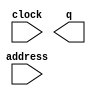
// megafunction wizard: %ROM: 1-PORT%VBB%
// GENERATION: STANDARD
// VERSION: WM1.0
// MODULE: altsyncram 

// ============================================================
// Megafunction Name(s):
// 			altsyncram
//
// Simulation Library Files(s):
// 			altera_mf
// ============================================================
// ************************************************************
// THIS IS A WIZARD-GENERATED FILE. DO NOT EDIT THIS FILE!
//
// 16.0.0 Build 211 04/27/2016 SJ Standard Edition
// ************************************************************

//Copyright (C) 1991-2016 Altera Corporation. All rights reserved.
//Your use of Altera Corporation's design tools, logic functions 
//and other software and tools, and its AMPP partner logic 
//functions, and any output files from any of the foregoing 
//(including device programming or simulation files), and any 
//associated documentation or information are expressly subject 
//to the terms and conditions of the Altera Program License 
//Subscription Agreement, the Altera Quartus Prime License Agreement,
//the Altera MegaCore Function License Agreement, or other 
//applicable license agreement, including, without limitation, 
//that your use is for the sole purpose of programming logic 
//devices manufactured by Altera and sold by Altera or its 
//authorized distributors.  Please refer to the applicable 
//agreement for further details.

module Choose1 (
	address,
	clock,
	q);

	input	[14:0]  address;
	input	  clock;
	output	[2:0]  q;
`ifndef ALTERA_RESERVED_QIS
// synopsys translate_off
`endif
	tri1	  clock;
`ifndef ALTERA_RESERVED_QIS
// synopsys translate_on
`endif

endmodule

// ============================================================
// CNX file retrieval info
// ============================================================
// Retrieval info: PRIVATE: ADDRESSSTALL_A NUMERIC "0"
// Retrieval info: PRIVATE: AclrAddr NUMERIC "0"
// Retrieval info: PRIVATE: AclrByte NUMERIC "0"
// Retrieval info: PRIVATE: AclrOutput NUMERIC "0"
// Retrieval info: PRIVATE: BYTE_ENABLE NUMERIC "0"
// Retrieval info: PRIVATE: BYTE_SIZE NUMERIC "8"
// Retrieval info: PRIVATE: BlankMemory NUMERIC "0"
// Retrieval info: PRIVATE: CLOCK_ENABLE_INPUT_A NUMERIC "0"
// Retrieval info: PRIVATE: CLOCK_ENABLE_OUTPUT_A NUMERIC "0"
// Retrieval info: PRIVATE: Clken NUMERIC "0"
// Retrieval info: PRIVATE: IMPLEMENT_IN_LES NUMERIC "0"
// Retrieval info: PRIVATE: INIT_FILE_LAYOUT STRING "PORT_A"
// Retrieval info: PRIVATE: INIT_TO_SIM_X NUMERIC "0"
// Retrieval info: PRIVATE: INTENDED_DEVICE_FAMILY STRING "Cyclone V"
// Retrieval info: PRIVATE: JTAG_ENABLED NUMERIC "0"
// Retrieval info: PRIVATE: JTAG_ID STRING "NONE"
// Retrieval info: PRIVATE: MAXIMUM_DEPTH NUMERIC "0"
// Retrieval info: PRIVATE: MIFfilename STRING "./MIF/Choose Screen/ChooseScreen1.mif"
// Retrieval info: PRIVATE: NUMWORDS_A NUMERIC "32768"
// Retrieval info: PRIVATE: RAM_BLOCK_TYPE NUMERIC "0"
// Retrieval info: PRIVATE: RegAddr NUMERIC "1"
// Retrieval info: PRIVATE: RegOutput NUMERIC "0"
// Retrieval info: PRIVATE: SYNTH_WRAPPER_GEN_POSTFIX STRING "0"
// Retrieval info: PRIVATE: SingleClock NUMERIC "1"
// Retrieval info: PRIVATE: UseDQRAM NUMERIC "0"
// Retrieval info: PRIVATE: WidthAddr NUMERIC "15"
// Retrieval info: PRIVATE: WidthData NUMERIC "3"
// Retrieval info: PRIVATE: rden NUMERIC "0"
// Retrieval info: LIBRARY: altera_mf altera_mf.altera_mf_components.all
// Retrieval info: CONSTANT: ADDRESS_ACLR_A STRING "NONE"
// Retrieval info: CONSTANT: CLOCK_ENABLE_INPUT_A STRING "BYPASS"
// Retrieval info: CONSTANT: CLOCK_ENABLE_OUTPUT_A STRING "BYPASS"
// Retrieval info: CONSTANT: INIT_FILE STRING "./MIF/Choose Screen/ChooseScreen1.mif"
// Retrieval info: CONSTANT: INTENDED_DEVICE_FAMILY STRING "Cyclone V"
// Retrieval info: CONSTANT: LPM_HINT STRING "ENABLE_RUNTIME_MOD=NO"
// Retrieval info: CONSTANT: LPM_TYPE STRING "altsyncram"
// Retrieval info: CONSTANT: NUMWORDS_A NUMERIC "32768"
// Retrieval info: CONSTANT: OPERATION_MODE STRING "ROM"
// Retrieval info: CONSTANT: OUTDATA_ACLR_A STRING "NONE"
// Retrieval info: CONSTANT: OUTDATA_REG_A STRING "UNREGISTERED"
// Retrieval info: CONSTANT: WIDTHAD_A NUMERIC "15"
// Retrieval info: CONSTANT: WIDTH_A NUMERIC "3"
// Retrieval info: CONSTANT: WIDTH_BYTEENA_A NUMERIC "1"
// Retrieval info: USED_PORT: address 0 0 15 0 INPUT NODEFVAL "address[14..0]"
// Retrieval info: USED_PORT: clock 0 0 0 0 INPUT VCC "clock"
// Retrieval info: USED_PORT: q 0 0 3 0 OUTPUT NODEFVAL "q[2..0]"
// Retrieval info: CONNECT: @address_a 0 0 15 0 address 0 0 15 0
// Retrieval info: CONNECT: @clock0 0 0 0 0 clock 0 0 0 0
// Retrieval info: CONNECT: q 0 0 3 0 @q_a 0 0 3 0
// Retrieval info: GEN_FILE: TYPE_NORMAL Choose1.v TRUE
// Retrieval info: GEN_FILE: TYPE_NORMAL Choose1.inc FALSE
// Retrieval info: GEN_FILE: TYPE_NORMAL Choose1.cmp FALSE
// Retrieval info: GEN_FILE: TYPE_NORMAL Choose1.bsf FALSE
// Retrieval info: GEN_FILE: TYPE_NORMAL Choose1_inst.v FALSE
// Retrieval info: GEN_FILE: TYPE_NORMAL Choose1_bb.v TRUE
// Retrieval info: LIB_FILE: altera_mf